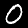
Digit: 0